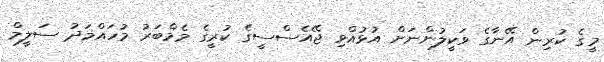
މީގެ ކުރިން އޭނާގެ ވަކީލުންނަށް އުޅުއްވި ޖޭއެސްސީގެ ކުރީގެ މެމްބަރު މުހައްމަދު ސަލީމް